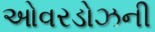
ઓવરડોઝની